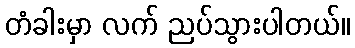
တံခါးမှာ လက် ညပ်သွားပါတယ်။